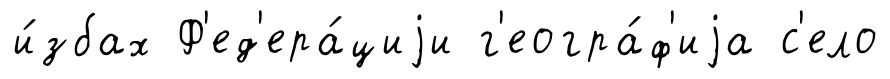
и́збах Ф'ед'ера́циjи г'еогра́ф'иjа с'ело